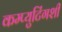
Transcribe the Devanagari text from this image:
कम्प्युटिंगशी